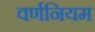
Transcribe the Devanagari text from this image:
वर्णनियम